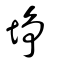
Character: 埩